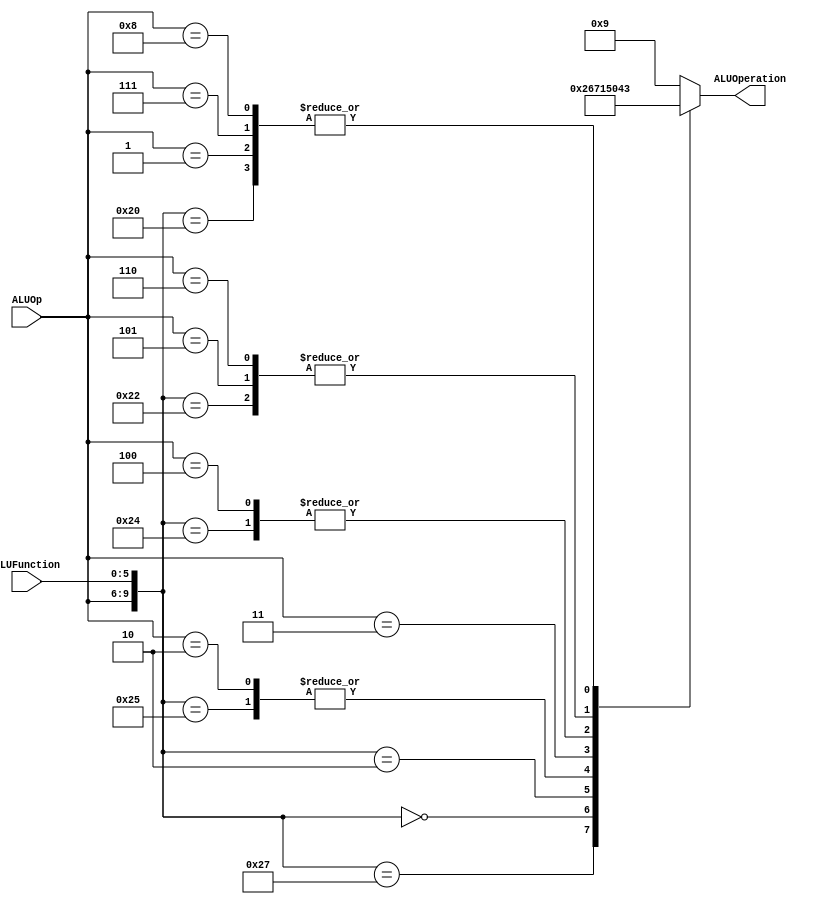
/******************************************************************
 * Description
 *  This is the control unit for the ALU. It receves an signal called
 *  ALUOp from the control unit and a signal called ALUFunction from
 *  the intrctuion field named function.
 * Version:
 *  1.0
 * Author:
 *  Alejandro Rios Jasso
 *  Javier Ochoa Pardo
 * email:
 *  is708932@iteso.mx
 *  is702811@iteso.mx
 * Date:
 *  05/04/2019
 ******************************************************************/
module ALUControl (input [3:0] ALUOp,
                   input [5:0] ALUFunction,
                   output [3:0] ALUOperation);

localparam R_Type_AND  = 10'b0000_100100;
localparam R_Type_OR   = 10'b0000_100101;
localparam R_Type_NOR  = 10'b0000_100111;
localparam R_Type_ADD  = 10'b0000_100000;
localparam R_Type_SUB  = 10'b0000_100010;
localparam R_Type_SLL  = 10'b0000_000000;
localparam R_Type_SRL  = 10'b0000_000010;
localparam I_Type_ADDI = 10'b0001_xxxxxx;
localparam I_Type_ORI  = 10'b0010_xxxxxx;
localparam I_Type_LUI  = 10'b0011_xxxxxx;
localparam I_Type_ANDI = 10'b0100_xxxxxx;
localparam I_Type_BEQ  = 10'b0101_xxxxxx;
localparam I_Type_BNE  = 10'b0110_xxxxxx;
localparam I_Type_LW   = 10'b0111_xxxxxx;
localparam I_Type_SW   = 10'b1000_xxxxxx;

reg [3:0] ALUControlValues;
wire [9:0] Selector;

assign Selector = {ALUOp, ALUFunction};

always@(Selector)begin
casex(Selector)
    R_Type_AND:     ALUControlValues = 4'b0000; // AND
    R_Type_OR:      ALUControlValues = 4'b0001; // OR
    R_Type_NOR:     ALUControlValues = 4'b0010; // NOR
    R_Type_ADD:     ALUControlValues = 4'b0011; // ADD
    R_Type_SUB:     ALUControlValues = 4'b0100; // SUB
    R_Type_SLL:     ALUControlValues = 4'b0110; // SLL
    R_Type_SRL:     ALUControlValues = 4'b0111; // SRL
    I_Type_ADDI:    ALUControlValues = 4'b0011; // ADD
    I_Type_ORI:     ALUControlValues = 4'b0001; // OR
    I_Type_LUI:     ALUControlValues = 4'b0101; // LUI
    I_Type_ANDI:    ALUControlValues = 4'b0000; // AND
    I_Type_BEQ:     ALUControlValues = 4'b0100; // SUB
    I_Type_BNE:     ALUControlValues = 4'b0100; // SUB
    I_Type_LW:      ALUControlValues = 4'b0011; // ADD
    I_Type_SW:      ALUControlValues = 4'b0011; // ADD
    default:        ALUControlValues = 4'b1001;
endcase
end

assign ALUOperation = ALUControlValues;

endmodule